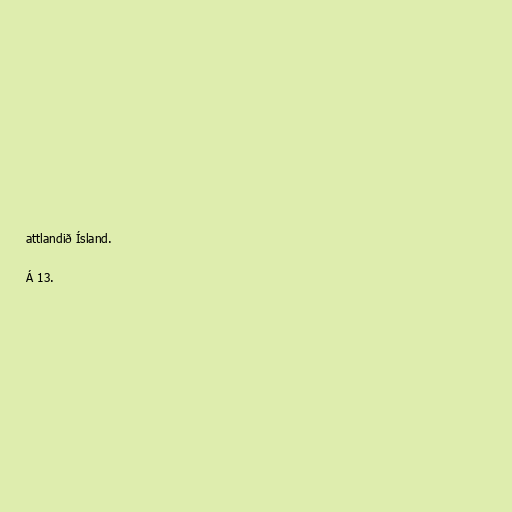
attlandið Ísland.

Á 13.